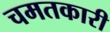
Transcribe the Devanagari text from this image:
चमतकारी